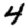
Digit: 4